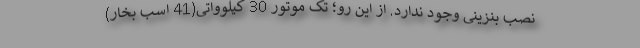
نصب بنزینی وجود ندارد. از این رو؛ تک موتور 30 کیلوواتی(41 اسب بخار)